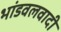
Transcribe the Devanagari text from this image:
भांडवलवादी